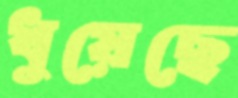
ধুয়েছে